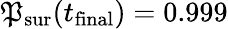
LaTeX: \mathfrak{P}_{\mathrm{{sur}}}(t_{\mathrm{{final}}})=0.999